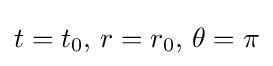
t=t_{0},\,r=r_{0},\,\theta =\pi